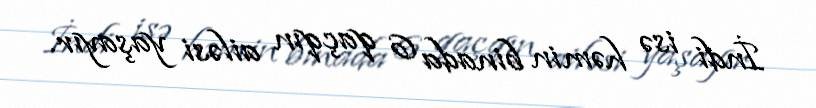
İndi isə həmin binada 6 qaçqın ailəsi yaşayır.